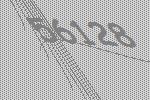
56128